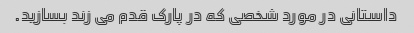
داستانی در مورد شخصی که در پارک قدم می زند بسازید.